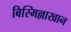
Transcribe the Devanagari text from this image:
बिस्मिल्लाखान